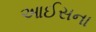
આઈસના